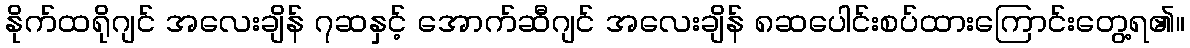
နိုက်ထရိုဂျင် အလေးချိန် ၇ဆနှင့် အောက်ဆီဂျင် အလေးချိန် ၈ဆပေါင်းစပ်ထားကြောင်းတွေ့ရ၏။